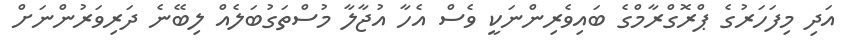
އަދި މިފަހަރުގެ ޕްރޮގްރާމްގެ ބައިވެރިންނަކީ ވެސް އެހާ އުޖާލާ މުސްތަގުބަލެއް ލިބޭނެ ދަރިވަރުންނަށް